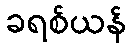
ခရစ်ယန်